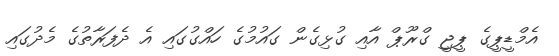
އެމްޑީޕީގެ ޕީޖީ ގްރޫޕް އާއި ގުޅިގެން ގައުމުގެ ހައްގުގައި އެ ދެފަރާތުގެ މެދުގައި